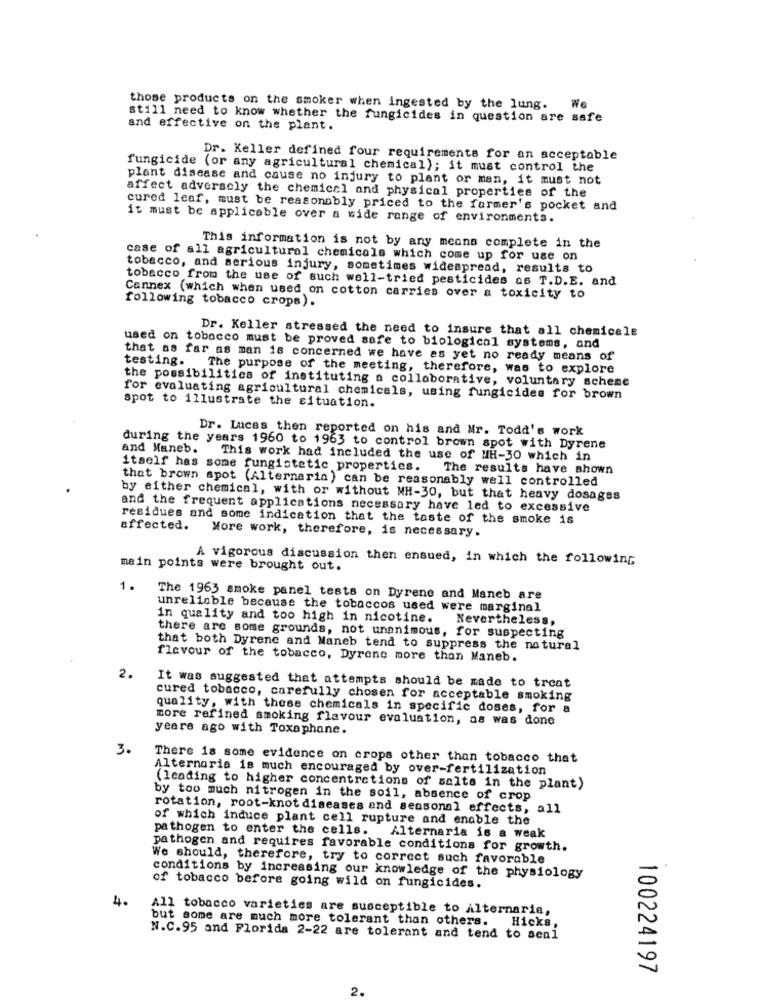
those products on the smoker when ingested by the lung. We
still need to know whether the fungicides in question are safe
and effective on the plant.
Dr. Keller defined four requirements for an acceptable
fungicide (or any agricultural chemical); it must control the
plant disease and cause no injury to plant or man, it must not
affect adversely the chemical and physical properties of the
cured leaf, must be reasonably priced to the farmer's pocket and
it must be applicable over a wide range of environments.
This information is not by any means complete in the
case of all agricultural chemicals which come up for use on
tobacco, and serious injury, sometimes widespread, results to
tobacco from the use of such well-tried pesticides as T.D.E. and
Cannex (which when used on cotton carries over a toxicity to
following tobacco crops).
Dr. Keller stressed the need to insure that all chemicals
used on tobacco must be proved safe to biological systems, and
that as far as man is concerned we have as yet no ready means of
testing. The purpose of the meeting, therefore, was to explore
the possibilities of instituting a collaborative, voluntary schene
for evaluating agricultural chemicals, using fungicides for brown
spot to illustrate the situation.
Dr. Lucas then reported on his and Mr. Todd's work
and Maneb.
during the years 1960 to 1963 to control brown spot with Dyrene
This work had included the use of MH-30 which in
itself has some fungistetic properties. The results have shown
that brown spot (Alternaria) can be reasonably well controlled
by either chemical, with or without MH-30, but that heavy dosages
and the frequent applications necessary have led to excessive
residues and some indication that the taste of the smoke is
affected.
More work, therefore, is necessary.
A vigorous discussion then ensued, in which the following
main points were brought out.
1.
The 1963 smoke panel tests on Dyrene and Maneb are
unreliable because the tobaccos used were marginal
in quality and too high in nicotine. Nevertheless,
there are some grounds, not unanimous, for suspecting
that both Dyrenc and Maneb tend to suppress the natural
flavour of the tobacco, Dyrene more than Maneb.
2.
It was suggested that attempts should be made to treat
cured tobacco, carefully chosen for acceptable smoking
quality, with these chemicals in specific doses, for a
more refined smoking flavour evaluation, as was done
years ago with Toxaphane.
3.
There is some evidence on crops other than tobacco that
Alternaria is much encouraged by over-fertilization
(leading to higher concentrations of salts in the plant)
by too much nitrogen in the soil, absence of crop
rotation, root-knot diseases and seasonal effects, all
of which induce plant cell rupture and enable the
pathogen to enter the cells. Alternaria is a weak
pathogen and requires favorable conditions for growth.
We should, therefore, try to correct such favorable
conditions by increasing our knowledge of the physiology
of tobacco before going wild on fungicides.
4.
All tobacco varieties are susceptible to Alternaria,
but some are much more tolerant than others. Hicks,
N.C.95 and Florida 2-22 are tolerant and tend to senl
100224197
2.